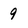
Character: 9